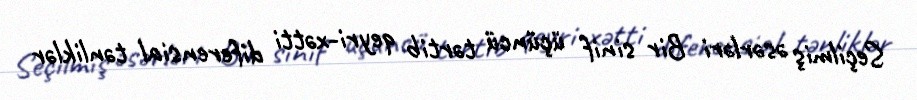
Seçilmiş əsərləri Bir sinif üçüncü tərtib qeyri-xətti diferensial tənliklər